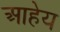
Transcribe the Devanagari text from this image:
आहेय